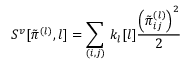
S ^ { v } [ \tilde { \pi } ^ { ( l ) } , l ] = \sum _ { ( i , j ) } \, k _ { l } [ l ] \frac { \left( \tilde { \pi } _ { i j } ^ { ( l ) } \right) ^ { 2 } } { 2 }